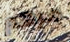
مرهم